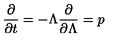
\frac { \partial } { \partial t } = - \Lambda \frac { \partial } { \partial \Lambda } = p